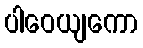
ပါဝေယျကော